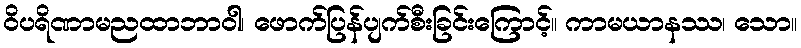
ဝိပရိဏာမညထာဘာဝါ၊ ဖောက်ပြန်ပျက်စီးခြင်းကြောင့်။ ကာမယာနဿ၊ သော။